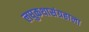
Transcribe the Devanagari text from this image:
लघुकथासंग्रहाला